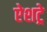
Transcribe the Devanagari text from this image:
ऐशट्रे